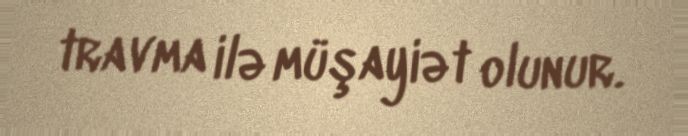
travma ilə müşayiət olunur.